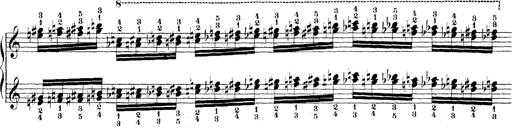
Title: Technische Studien
Composer: Franz Liszt